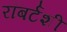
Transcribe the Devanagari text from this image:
रॉबर्टशी